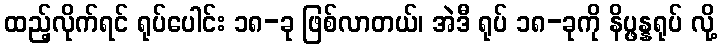
ထည့်လိုက်ရင် ရုပ်ပေါင်း ၁၈-ခု ဖြစ်လာတယ်၊ အဲဒီ ရုပ် ၁၈-ခုကို နိပ္ဖန္နရုပ် လို့